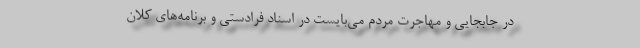
در جابجایی و مهاجرت مردم می‌بایست در اسناد فرادستی و برنامه‌های کلان